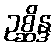
ဥစ္ဆိန္ဒ